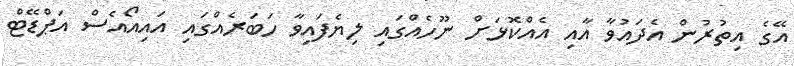
އޭގެ އިތުރުން އެދައުވާ އާއި އެއްކޮޅަށް ނޫހެއްގައި ލިޔެފައިވާ ހަބަރެއްގައި އައިއޯއެސް އަޕްޑޭޓް